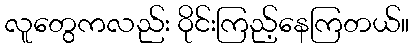
လူတွေကလည်း ဝိုင်းကြည့်နေကြတယ်။